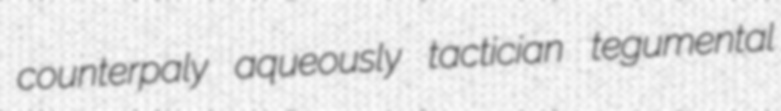
counterpaly aqueously tactician tegumental